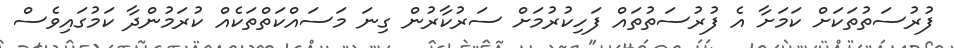
ފުރުސަތުތަކަށް ކަމަށާ އެ ފުރުސަތުތައް ފަހިކުރުމަށް ސަރުކާރުން ގިނަ މަސައްކަތްތަކެއް ކުރަމުންދާ ކަމުގައިވެސް